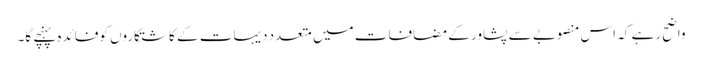
واضح رہے کہ اس منصوبے سے پشاور کے مضافات میں متعدد دیہات کے کاشتکاروں کوفائدہ پہنچے گا۔